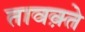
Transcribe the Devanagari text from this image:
तावक़्ते